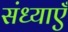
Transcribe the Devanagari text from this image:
संध्याएँ